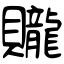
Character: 贚